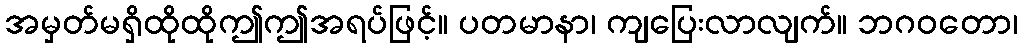
အမှတ်မရှိထိုထိုဤဤအရပ်ဖြင့်။ ပတမာနာ၊ ကျပြေးလာလျက်။ ဘဂဝတော၊